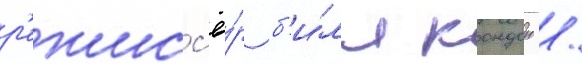
р'ежисс'ё́р б'и́лл кондон /